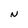
Character: N